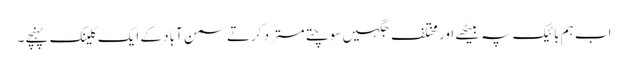
اب ہم بائیک پہ بیٹھے اور مختلف جگہیں سوچتے مسترد کرتے سمن آباد کے ایک کلینک پہنچے۔